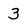
Character: 3